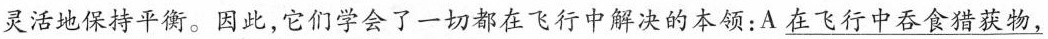
灵活地保持平衡。因此，它们学会了一切都在飞行中解决的本领：A\underline{在飞行中吞食猎获物，